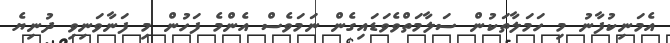
އެމަނިކުފާނު މި ހަމަލާތަކުން ސަލާމަތްވެވަޑައިގެން ނަމަވެސް އެންމެ ފަހުން މި ފަނާވަނިވި ދުނިޔެ